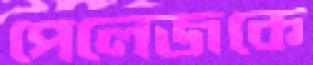
পেলেজকে